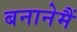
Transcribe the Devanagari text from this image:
बनानेमैं